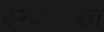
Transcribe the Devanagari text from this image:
एस्थेटिका